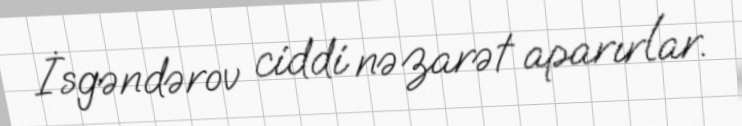
İsgəndərov ciddi nəzarət aparırlar.